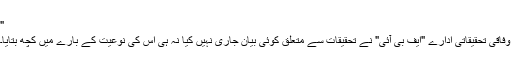
"
وفاقی تحقیقاتی ادارے "ایف بی آئی" نے تحقیقات سے متعلق کوئی بیان جاری نہیں کیا نہ ہی اس کی نوعیت کے بارے میں کچھ بتایا۔